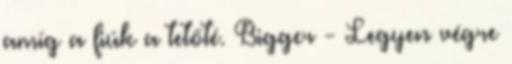
amíg a fiúk a tetőté. Bigger - Legyen végre